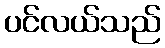
ပင်လယ်သည်